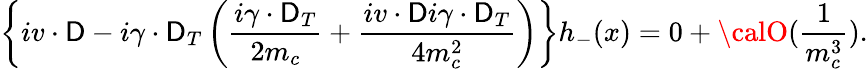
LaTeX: \left\{ iv\cdot\mathsf{D}-i\gamma\cdot\mathsf{D}_{T}\left(\frac{{i\gamma\cdot\mathsf{D}_{T}}}{{2m_{c}}}+\frac{{iv\cdot\mathsf{D}i\gamma\cdot\mathsf{D}_{T}}}{{4m_{c}^{2}}}\right)\right\} h_{-}(x)=0+{\calO}(\frac{{1}}{{m_{c}^{3}}}).